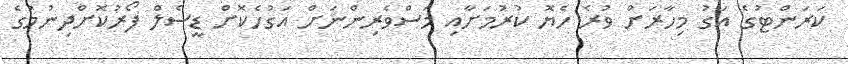
ކަރަންޓުގެ އަގު މިހާރަށް ވުރެ ހެޔޮ ކުރުމަށާއި މަސްވެރިންނަށް އަގުހެކޮށް ޑީސެލް ފޯރުކޮށްދިނުމުގެ